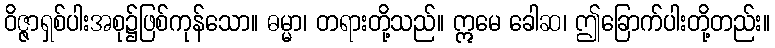
ဝိဇ္ဇာရှစ်ပါးအစု၌ဖြစ်ကုန်သော။ ဓမ္မာ၊ တရားတို့သည်။ ဣမေ ခေါဆ၊ ဤခြောက်ပါးတို့တည်း။